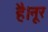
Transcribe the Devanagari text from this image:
है।नूर